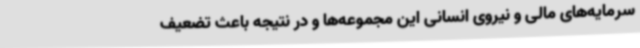
سرمایه‌های مالی و نیروی انسانی این مجموعه‌ها و در نتیجه باعث تضعیف